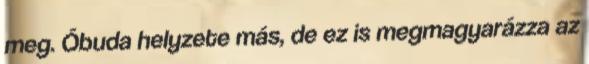
meg. Óbuda helyzete más, de ez is megmagyarázza az